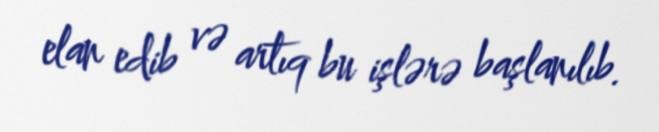
elan edib və artıq bu işlərə başlanılıb.